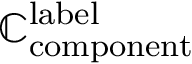
\mathbb { C } _ { \mathrm { { c o m p o n e n t } } } ^ { \mathrm { { l a b e l } } }